Annual report of the Bengal Veterinary College and of the Civil Veterinary Department, Bengal, for the year 1920-21 - 1920-1921
Year: 1920
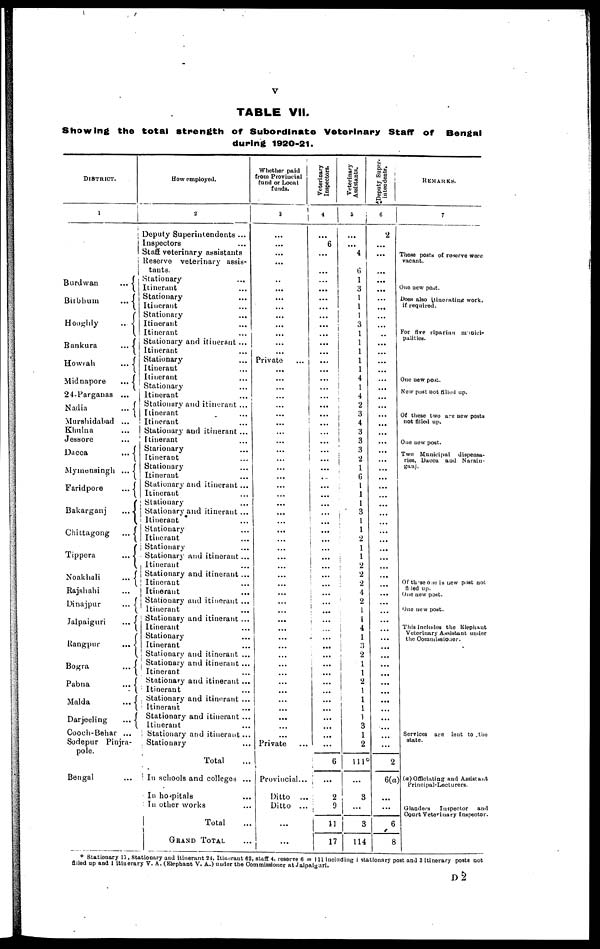
V
TABLE VII.
Showing the total strength of Subordinate Veterinary Staff of Bengal
during 1920-21.
DISTRICT.
1
Burdwan
...
Birbhum
...
Hooghly
...
X
Bankura
...
Howrah
...
Midnapore
...
24-Parganas ...
Nadia ...
Murshidabad ...
Khulna ...
Jessore ...
Dacca
...
Mymensingh
...
Faridpore
...
Bakarganj
...
X
Chittagong ...
Tippera
...
Noakhali
...
Rajshahi ...
Dinajpur
...
Jalpaiguri ...
Jalpaiguri
...
Rangpur
...
Bogra
...
Pabna
...
1
Malda
...
Darjeeling ...
Coach-Behar ...
Sodepur Pinjra-
pole.
Bengal
How employed.
2
Deputy Superintendents ...
Inspectors ...
Staff veterinary assistants
Reserve veterinary assis-
tants.
Stationary ...
Itinerant ...
Stationary ...
Itinerant ...
Stationary ...
Itinerant ...
Itinerant ...
Stationary and itinerant ...
Itinerant ...
Stationary ...
Itinerant ...
Itinerant ...
Stationary ...
Itinerant ...
Stationary and itinerant ...
Itinerant ...
Itinerant ...
Stationary and itinerant ...
Itinerant ...
Starionary ...
Itinerant ...
Stationary...
Itinerant ...
Stationary and itinerant ...
Itinerant
...
Stationary
...
Stationary and itinerant ...
Itinerant
...
Stationary ...
Itinerant ...
Stationary ...
Stationary and itinerant ...
Itinerant ...
Stationary and itinerant ...
Itinerant ...
Itinerant ..
Stationary and itinerant ...
Itinerant ...
Stationary and itinerant ...
Itinerant
...
Stationary ...
Itinerant ...
Stationary and itinerant ...
Stationary and itinerant ...
Itinerant ...
Stationary and itinerant ...
Itinerant ...
Stationary and itinerant ...
Itinerant ...
Stationary and itinerant ...
Itinerant ...
Stationary and itinerant ...
Stationary ...
Total ...
In schools and colleges ...
In hospitals ...
ln other works ...
Total
...
GRAND TOTAL ...
Whether paid
from Provincial
fund or Local
funds.
3
...
...
...
...
...
...
...
...
...
...
...
...
...
Private ...
...
...
...
...
...
...
...
...
...
...
...
...
...
...
...
...
...
...
...
...
...
...
...
...
...
...
...
...
...
...
...
...
...
...
...
...
...
...
...
...
...
...
...
Private ...
Provincial...
Ditto ...
Ditto ...
...
...
Veterinary
Inspectors.
4
...
6
...
...
...
...
...
...
...
...
...
...
...
...
... ...
...
...
...
...
...
...
...
...
...
...
...
...
...
...
...
...
...
...
...
...
...
...
...
...
...
...
...
...
... ...
...
...
...
...
...
...
...
...
...
...
...
6
..
2
9
11
17
Veterinary
Assistants.
5
...
...
4
6
1
3
1
1
1
3
1
1
1
1
1
4
1
4
2
3
4
3
3
3
2
1
6
...
...
...
...
...
...
...
...
...
2
2
2
4
2
1
1
4
1
3
2
1
1
2
1
1
1
3
1
2
111°
...
3
...
3
114
Deputy Super-
intendents.
6
2
...
...
...
...
...
...
...
...
...
...
...
...
...
...
...
...
...
...
...
...
...
...
...
...
...
...
...
...
...
...
...
...
...
...
...
...
...
...
...
...
...
...
...
...
...
...
...
...
...
...
...
...
...
...
...
2
6(a)
...
...
6
8
REMARKS
7
These posts of reserve were
vacant.
One new post.
Does also itinerating work,
if required.
For five riparian munici-
palities.
One new post.
New post not filled up.
Of these two are new posts
not filled up.
One new post.
Two Municipal dispensa-
ries, Dacca and Naraiu-
ganj.
Of these one is new post not
filed up.
One new post.
One new post.
This includes the Elephant
Veterinary Assistant under
the Commissioner.
Services are lent to the
state.
(a) Officiating and Assistant
Principal-Lecturers.
Glanders Inspector and
Court Veterinary Inspector.
Stationary 13, Stationary and itinerant 24, Itinerant 62, staff 4, reserve 6 =111 including 1 stationary post and 3 itinerary posts not
filled up and 1 itinerary V. A. (Elephant V. A.) under the Commissioner at Jalpaiguri.
D2